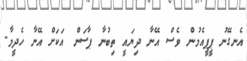
އެނގޭނު ޕީޕީއެމުން ވެސް އޭނާ ދިޔައީ ތިބުނާ ޕާސަން އަކަށް އޭނާ ހެދީމާ.